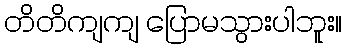
တိတိကျကျ ပြောမသွားပါဘူး။